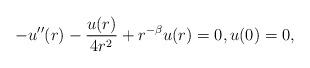
LaTeX: \begin{align*}-u''(r) - \frac{u(r)}{4r^2}+ r^{-\beta}u(r) = 0, u(0) = 0,\end{align*}